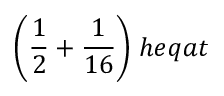
{ \bigg ( } { \frac { 1 } { 2 } } + { \frac { 1 } { 1 6 } } { \bigg ) } \; h e q a t